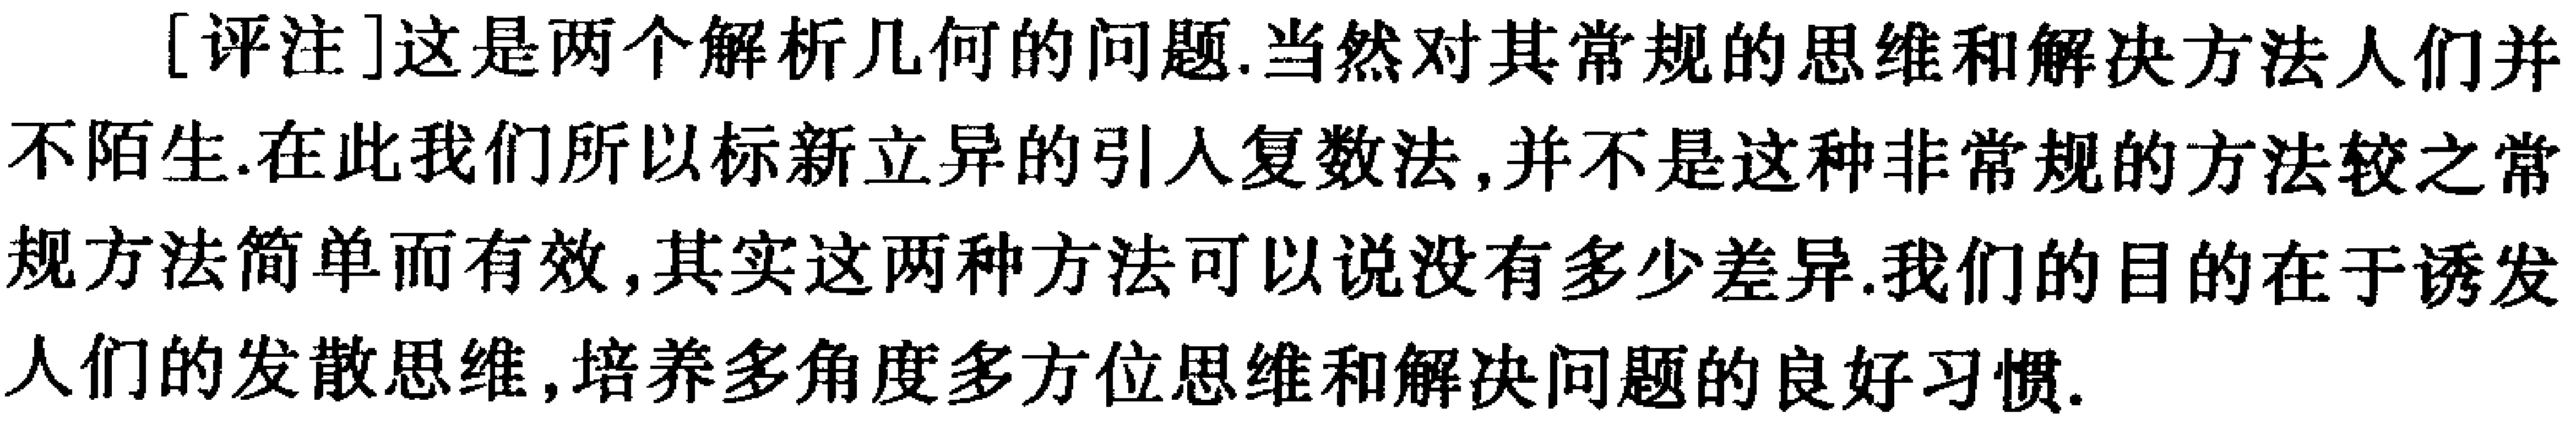
[评注]这是两个解析几何的问题.当然对其常规的思维和解决方法人们并不陌生.在此我们所以标新立异的引入复数法,并不是这种非常规的方法较之常规方法简单而有效,其实这两种方法可以说没有多少差异.我们的目的在于诱发人们的发散思维,培养多角度多方位思维和解决问题的良好习惯.